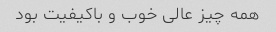
همه چیز عالی خوب و باکیفیت بود